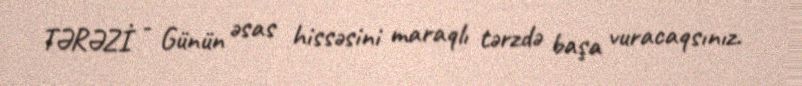
TƏRƏZİ - Günün əsas hissəsini maraqlı tərzdə başa vuracaqsınız.